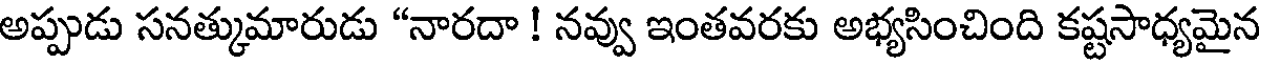
అప్పుడు సనత్కుమారుడు "నారదా ! నవ్వు ఇంతవరకు అభ్యసించింది కష్టసాధ్యమైన